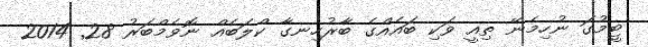
ޓީމުގަ ނުހިމެނޭ ތިއީ ވަކި ބައެއްގެ ބާރުހިނގާ ކްލަބެއް ނޮވެމްބަރު 28